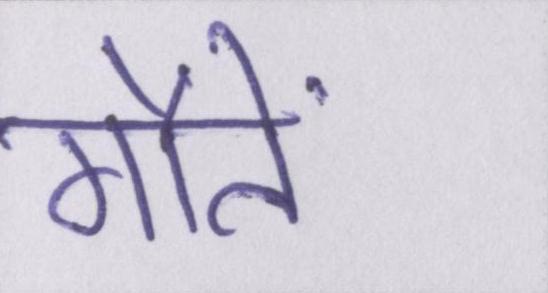
मौतें